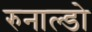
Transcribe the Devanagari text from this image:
रुनाल्डो